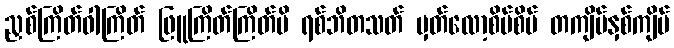
ညှစ်ကြိတ်ဝါကြိတ် ဖြူကြိတ်ကြိတ်မိ ရစ်ဘိတသတ် မှတ်လော့စိပ်စိပ် တကျိပ်နှစ်ကျိပ်